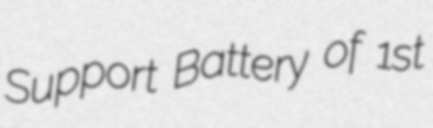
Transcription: Support Battery of 1st